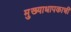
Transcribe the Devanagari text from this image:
मुख्याधापकाची